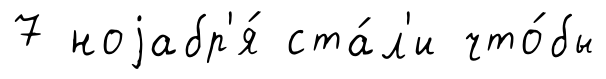
7 ноjабр'я́ ста́л'и что́бы